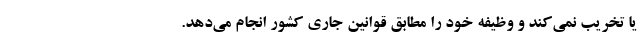
یا تخریب نمی‌کند و وظیفه خود را مطابق قوانین جاری کشور انجام می‌دهد.